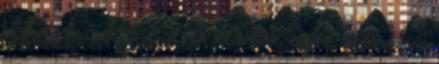
látott mást, csak őt. A téren megálltak, egyre gyakrabban